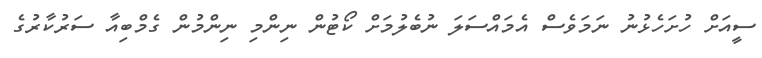
ސީއަށް ހުށަހެޅުނު ނަމަވެސް އެމައްސަލަ ނުބެލުމަށް ކޯޓުން ނިންމި ނިންމުން ގެމްބިއާ ސަރުކާރުގެ